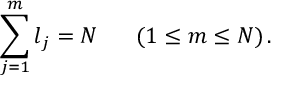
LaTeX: \sum _ { j = 1 } ^ { m } l _ { j } = N \; \; \; \; \; \; ( 1 \leq m \leq N ) \, .